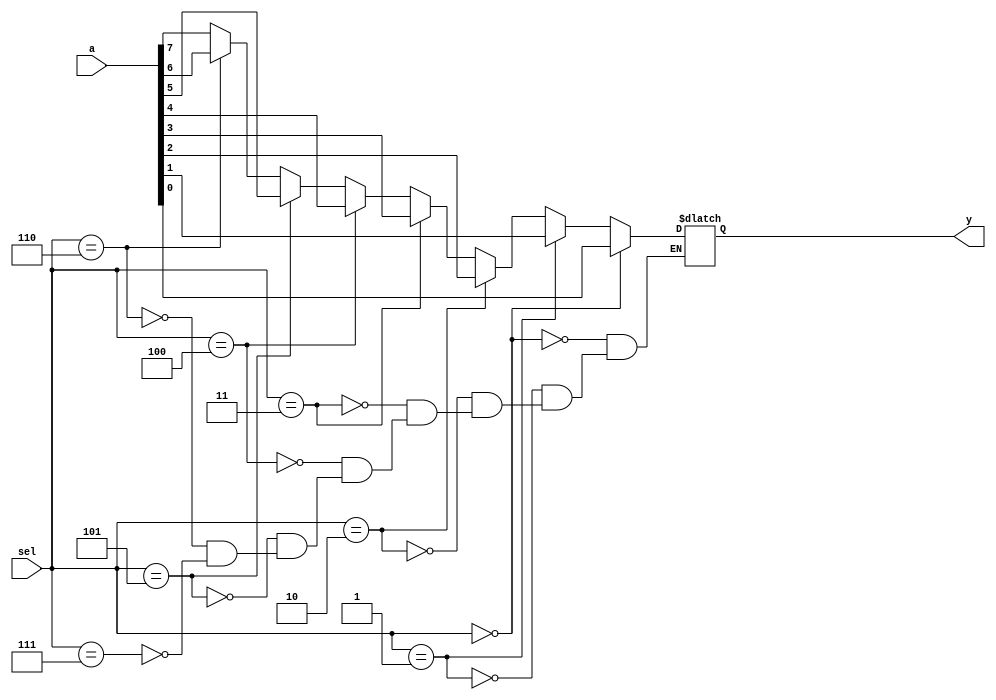
module mux8to1(a,sel,y);

input [7:0]a;
input [2:0]sel;
output y;
reg out;

always@(sel[0] or sel[1] or sel[2])
    if(sel==3'b000) out<=a[0];
    else if(sel==3'b001) out<=a[1];
    else if(sel==3'b010) out<=a[2];
    else if(sel==3'b011) out<=a[3];
    else if(sel==3'b100) out<=a[4];
    else if(sel==3'b101) out<=a[5];
    else if(sel==3'b110) out<=a[6];
    else if(sel==3'b111) out<=a[7];

assign y=out;
endmodule